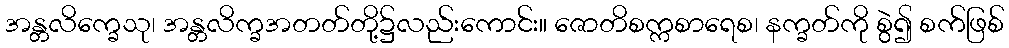
အန္တလိက္ခေသု၊ အန္တလိက္ခအတတ်တို့၌လည်းကောင်း။ ဇောတိစက္ကစာရေစ၊ နက္ခတ်ကို စွဲ၍ စက်ဖြစ်